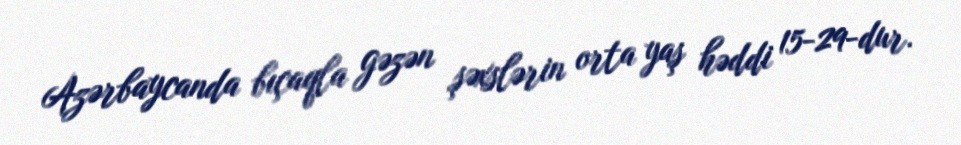
Azərbaycanda bıçaqla gəzən şəxslərin orta yaş həddi 15-29-dur.